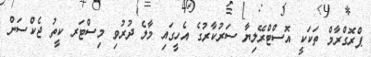
ޕްރޮގްރާމް ތަކަކީ އޮސްޓްރޭލިޔާ ސަރުކާރުގެ އެހީގައި މާލެ ދުރުވި މިސްޓަރ ކީތު ޖެކްސަން